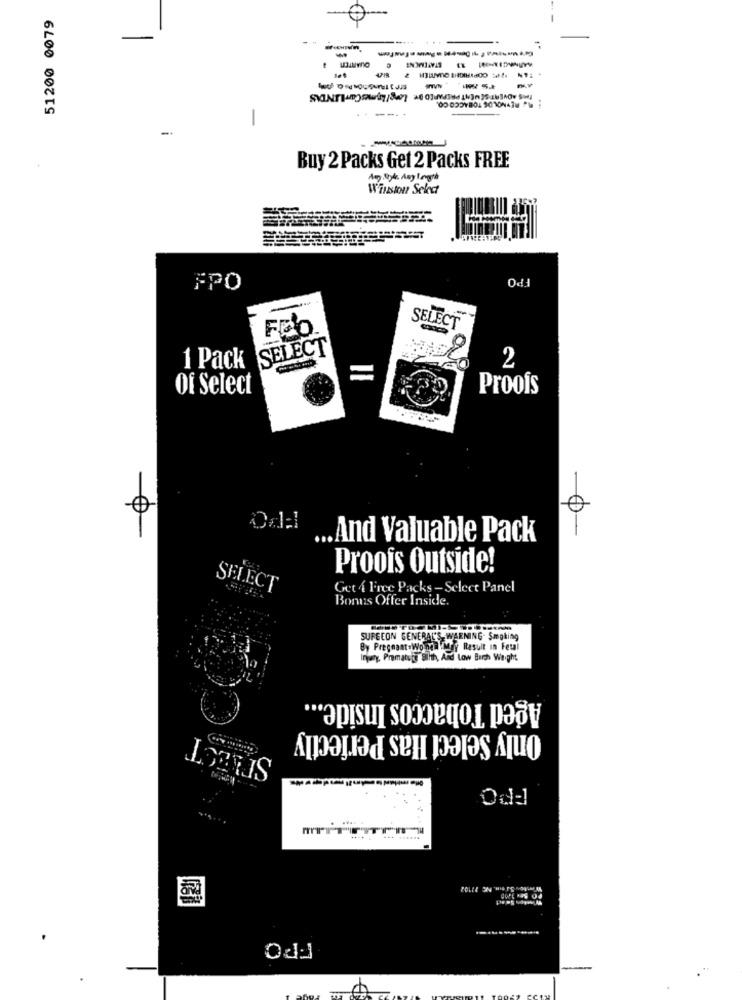
51200 0079
-
---
----
-
Buy 2 Packs Get 2 Packs FREE
Winston Select
FPO
SELECT
Feb
SELECT
9
1 Pack
12
=
Of Select
Proofs
0
Odal And Valuable Pack
Proois Outside!
SELECT
Get 4 Free Packs - Select Panel
Bonus Offer Inside.
SURGEON GENERAL'S-WEENING- Smoking
By Pregnant.Wondh May Result in Feul
Injury, Prematute Siith, And Low Burgh Weight
Aged Tobaccos Inside ...
Only Select Has Perfectly
MTTTTTTTT
FPO